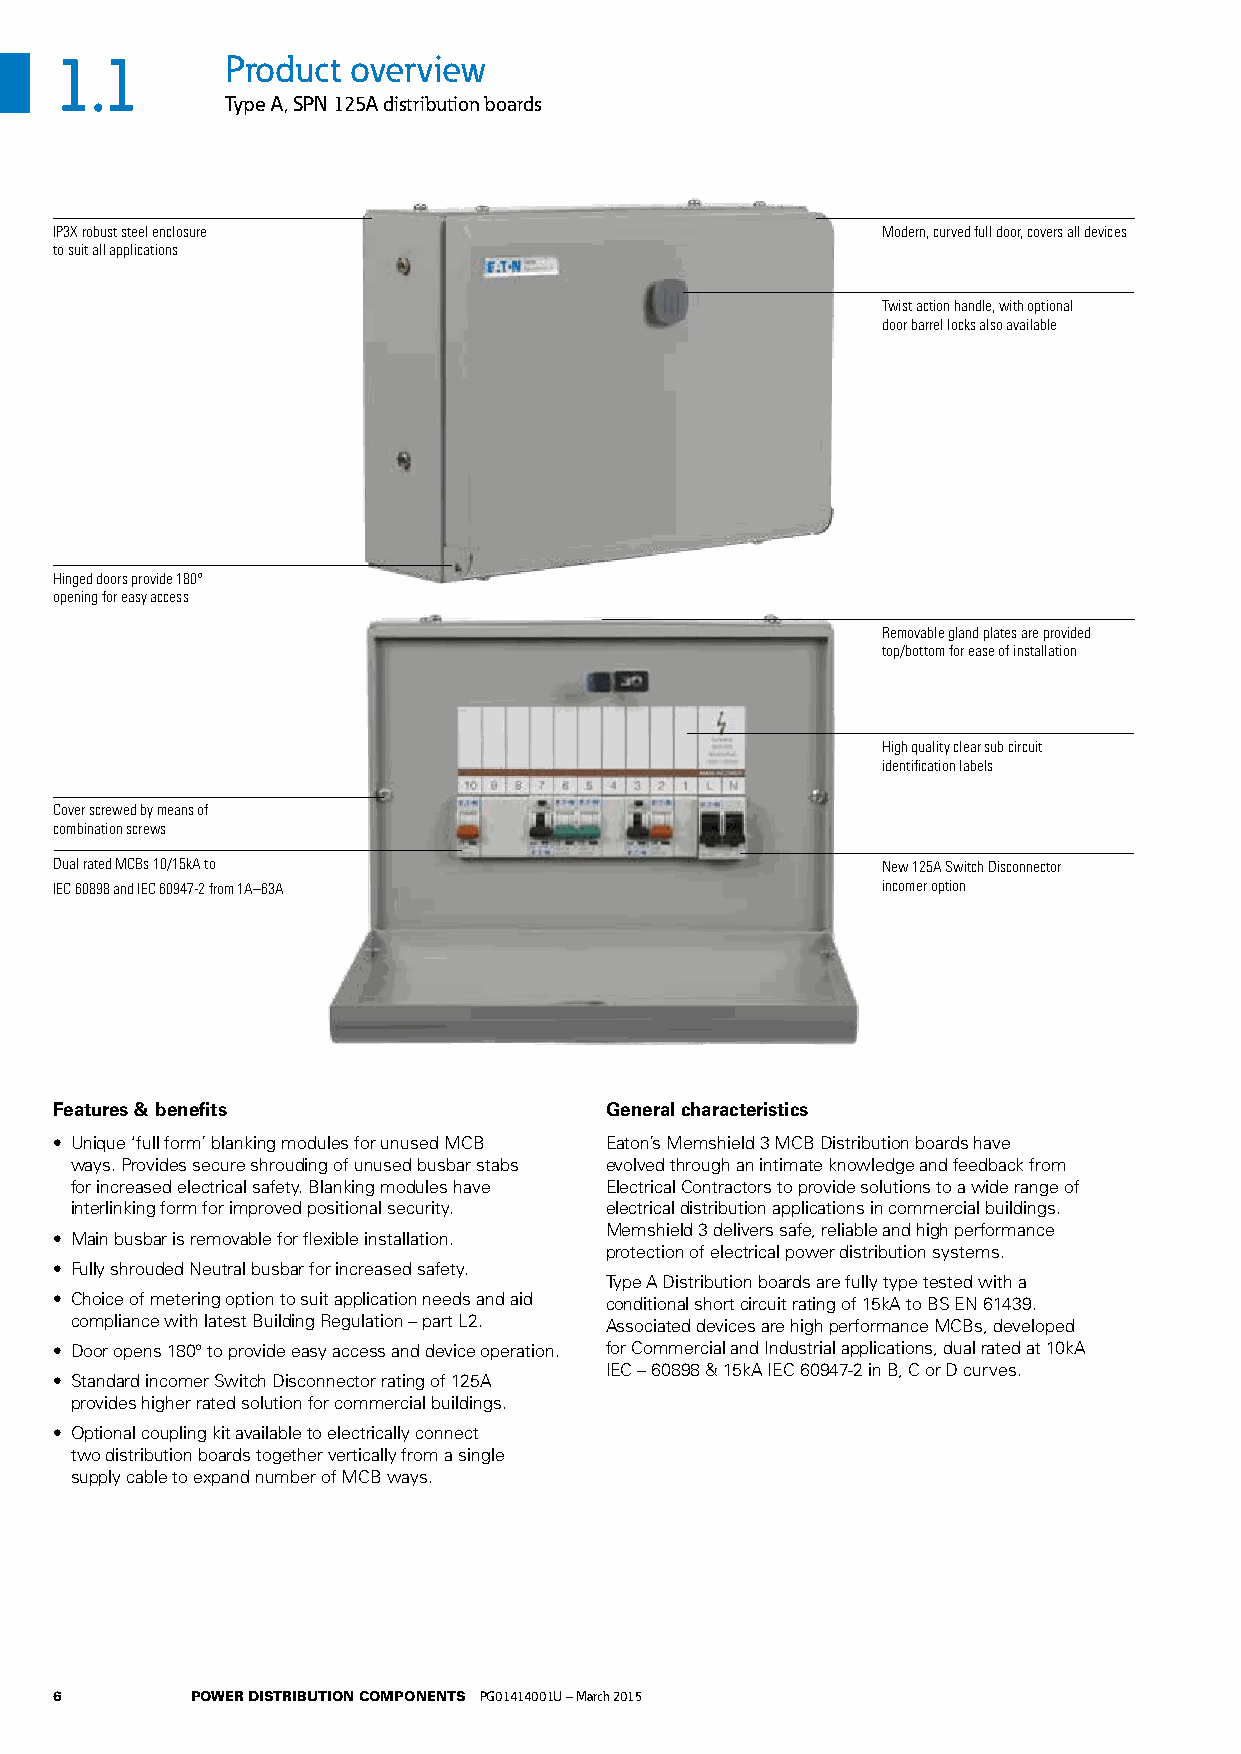
1.1        Product overview
 Type A, SPN 125A distribution boards
 IP3X robust steel enclosure                           Modern, curved full door, covers all devices
 to suit all applications
 Twist action handle, with optional
 door barrel locks also available
 Hinged doors provide 180°
 opening for easy access
 Removable gland plates are provided
 top/bottom for ease of installation
 High quality clear sub circuit
 identification labels
 Cover screwed by means of
 combination screws
 Dual rated MCBs 10/15kA to                            New 125A Switch Disconnector
 IEC 60898 and IEC 60947-2 from 1A–63A                 incomer option
 Features & benefits                 General characteristics
 • Unique ‘full form’ blanking modules for unused MCB Eaton’s Memshield 3 MCB Distribution boards have
 ways. Provides secure shrouding of unused busbar stabs evolved through an intimate knowledge and feedback from
 for increased electrical safety. Blanking modules have Electrical Contractors to provide solutions to a wide range of
 interlinking form for improved positional security. electrical distribution applications in commercial buildings.
 Memshield 3 delivers safe, reliable and high performance
 • Main busbar is removable for flexible installation.
 protection of electrical power distribution systems.
 • Fully shrouded Neutral busbar for increased safety.
 Type A Distribution boards are fully type tested with a
 • Choice of metering option to suit application needs and aid conditional short circuit rating of 15kA to BS EN 61439.
 compliance with latest Building Regulation – part L2. Associated devices are high performance MCBs, developed
 • Door opens 180° to provide easy access and device operation. for Commercial and Industrial applications, dual rated at 10kA
 IEC – 60898 & 15kA IEC 60947-2 in B, C or D curves.
 • Standard incomer Switch Disconnector rating of 125A
 provides higher rated solution for commercial buildings.
 • Optional coupling kit available to electrically connect
 two distribution boards together vertically from a single
 supply cable to expand number of MCB ways.
 6        POWER DISTRIBUTION COMPONENTS PG01414001U – March 2015